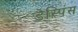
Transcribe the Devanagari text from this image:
डेस्पिंस